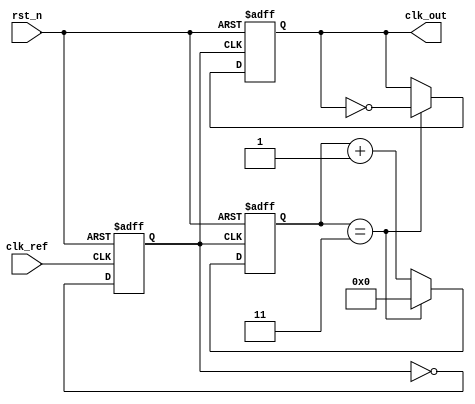
module PLL (
    input wire clk_ref,          // Reference clock input
    input wire rst_n,           // Active low reset
    output reg clk_out          // Output clock
);

// Parameters
parameter DIV_FACTOR = 4;      // Frequency divider factor
parameter VCO_MAX_FREQ = 100;  // Max VCO frequency (arbitrary units)
parameter VCO_MIN_FREQ = 10;   // Min VCO frequency (arbitrary units)

// Internal signals
reg [3:0] phase_error;          // Phase error signal from PD
reg [7:0] control_voltage;       // Control voltage for VCO
reg [7:0] vco_freq;              // Current VCO frequency
reg [3:0] divider_count;         // Divider counter
reg clk_vco;                     // VCO output clock

// Phase Detector (PD)
always @(posedge clk_ref or negedge rst_n) begin
    if (!rst_n) begin
        phase_error <= 0;
    end else begin
        // Simple phase detection logic (for illustration)
        // In a real design, this would be more complex
        if (clk_ref) begin
            phase_error <= phase_error + 1; // Increment phase error
        end else begin
            phase_error <= phase_error - 1; // Decrement phase error
        end
    end
end

// Loop Filter (LF)
always @(posedge clk_ref or negedge rst_n) begin
    if (!rst_n) begin
        control_voltage <= 0;
    end else begin
        // Simple low-pass filter (for illustration)
        control_voltage <= control_voltage + phase_error; // Integrate phase error
    end
end

// Voltage-Controlled Oscillator (VCO)
always @(posedge clk_ref or negedge rst_n) begin
    if (!rst_n) begin
        vco_freq <= VCO_MIN_FREQ; // Start at minimum frequency
        clk_vco <= 0;
    end else begin
        // Adjust VCO frequency based on control voltage
        if (control_voltage > 128) begin
            vco_freq <= VCO_MAX_FREQ; // Max frequency
        end else begin
            vco_freq <= VCO_MIN_FREQ + (control_voltage / 16); // Scale frequency
        end
        
        // Generate VCO clock based on frequency
        clk_vco <= ~clk_vco; // Toggle clock for simplicity
    end
end

// Frequency Divider
always @(posedge clk_vco or negedge rst_n) begin
    if (!rst_n) begin
        divider_count <= 0;
        clk_out <= 0;
    end else begin
        if (divider_count == DIV_FACTOR - 1) begin
            clk_out <= ~clk_out; // Toggle output clock
            divider_count <= 0;   // Reset counter
        end else begin
            divider_count <= divider_count + 1; // Increment counter
        end
    end
end

endmodule